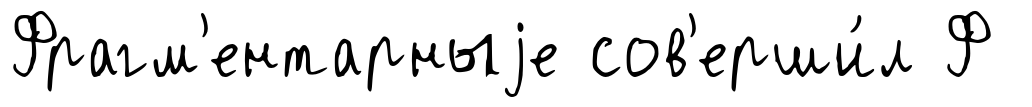
Фрагм'ентарныjе сов'ерши́л Ф